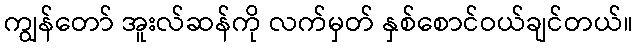
ကျွန်တော် အူးလ်ဆန်ကို လက်မှတ် နှစ်စောင်ဝယ်ချင်တယ်။